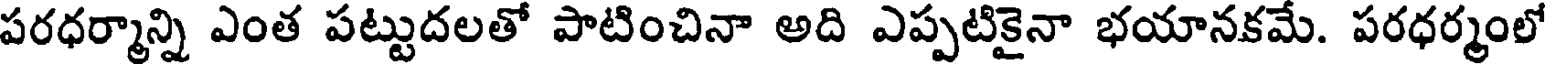
పరధర్మాన్ని ఎంత పట్టుదలతో పాటించినా అది ఎప్పటికైనా భయానకమే. పరధర్మంలో